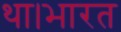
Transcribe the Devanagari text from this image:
था।भारत